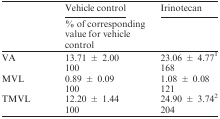
<table><thead><tr><td></td><td><b>Vehicle control</b></td><td><b>Irinotecan</b></td></tr><tr><td></td><td><b>% of corresponding value for vehicle control</b></td><td></td></tr></thead><tbody><tr><td>VA</td><td>13.71 ± 2.00</td><td>23.06 ± 4.771</td></tr><tr><td></td><td>100</td><td>168</td></tr><tr><td>MVL</td><td>0.89 ± 0.09</td><td>1.08 ± 0.08</td></tr><tr><td></td><td>100</td><td>121</td></tr><tr><td>TMVL</td><td>12.20 ± 1.44</td><td>24.90 ± 3.742</td></tr><tr><td></td><td>100</td><td>204</td></tr></tbody></table>